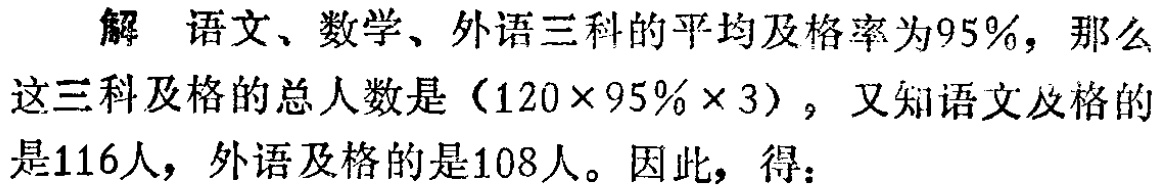
解 语文、数学、外语三科的平均及格率为95%，那么这三科及格的总人数是（120×95%×3）。又知语文及格的是116人，外语及格的是108人。因此，得：